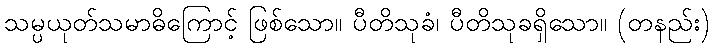
သမ္ပယုတ်သမာဓိကြောင့် ဖြစ်သော။ ပီတိသုခံ၊ ပီတိသုခရှိသော။ (တနည်း)